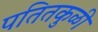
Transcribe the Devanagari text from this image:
पतितकुळी